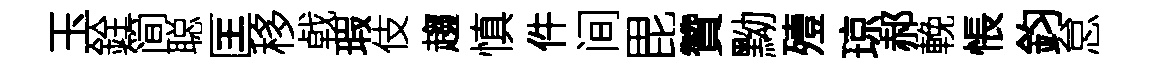
玉銓简聪匡移㦸瑕伎趨慎件间毘贊黝殪琼郝輓悵鈞怠